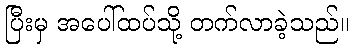
ပြီးမှ အပေါ်ထပ်သို့ တက်လာခဲ့သည်။